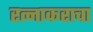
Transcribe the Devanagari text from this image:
रत्नाकराचा